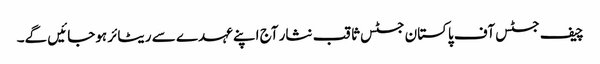
چیف جسٹس آف پاکستان جسٹس ثاقب نثار آج اپنے عہدے سے ریٹائر ہوجائیں گے۔